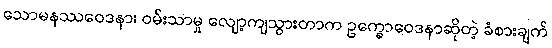
သောမနဿဝေဒနာ၊ ဝမ်းသာမှု လျော့ကျသွားတာက ဥက္ခောဝေဒနာဆိုတဲ့ ခံစားချက်